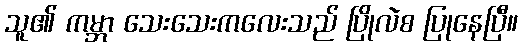
သူ၏ ကမ္ဘာ သေးသေးကလေးသည် ပြိုလဲစ ပြုနေပြီ။